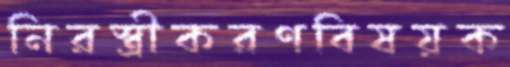
নিরস্ত্রীকরণবিষয়ক